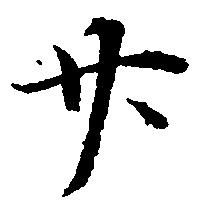
廿